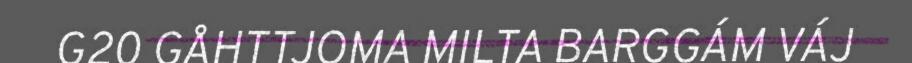
G20 GÅHTTJOMA MILTA BARGGÁM VÁJ